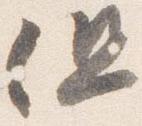
但